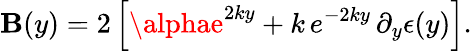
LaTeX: \mathbf{B}(y)=2\left[\alphae^{2ky}+k\, e^{-2ky}\, \partial_{y}\epsilon(y)\right].